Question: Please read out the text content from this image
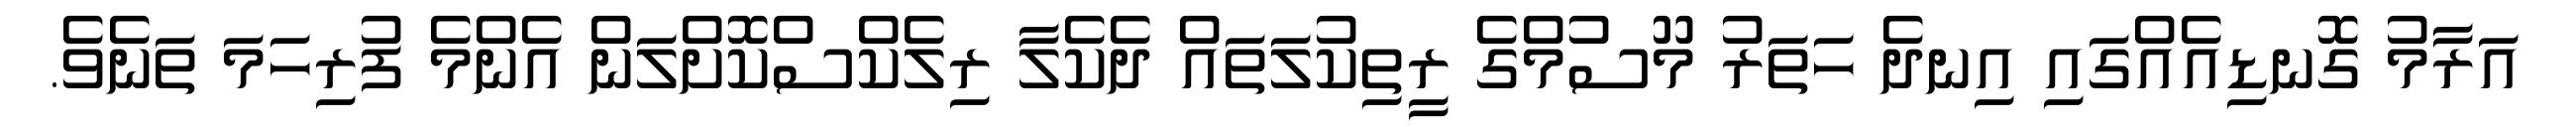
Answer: އަރާމު ގޮނޑިއެއްގައި އިނދެ ހަތަރު މޫސުމްގެ ރީތިކުލަތައް ދެކެލާ ރިލެކްސްކޮށްލަން އެންމެ ފުރިހަމަ ތަނެވެ.